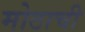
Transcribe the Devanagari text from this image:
मोठाची